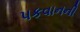
પકવાનની